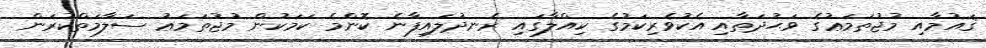
ޤައުމާއި މުޖުތަމަޢުގެ ވަޙުދަތާއި އެކުވެރިކަމުގެ ކިއްލާގައި ރެނދުލައިފާނެ ކޮންމެ ކަމަކުން މުޖުތަމަޢު ސަލާމަތްކުރަން